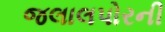
જલાલપોરની